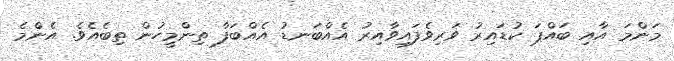
މަންމަ އާއި ބައްޕަ ކުޑައިރު ވަރިވެފައިވާއިރު އެއްބަނޑު އެއްބަފާ ތިންމީހުން ތިބެއެވެ. އެންމެެ